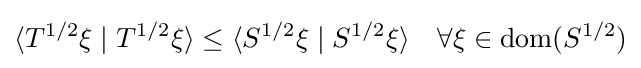
\langle T^{1/2}\xi \mid T^{1/2}\xi \rangle \leq \langle S^{1/2}\xi \mid S^{1/2}\xi \rangle \quad \forall \xi \in \operatorname {dom} (S^{1/2})